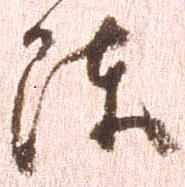
陳